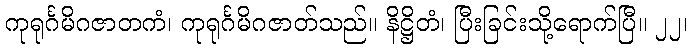
ကုရုင်္ဂမိဂဇာတကံ၊ ကုရုင်္ဂမိဂဇာတ်သည်။ နိဋ္ဌိတံ၊ ပြီးခြင်းသို့ရောက်ပြီ။ ၂၂၊